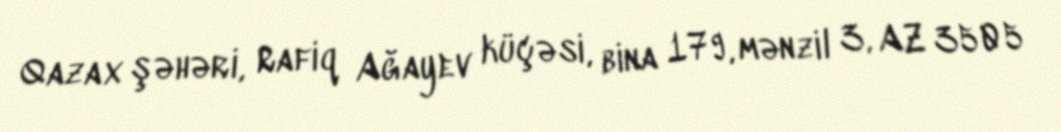
Qazax şəhəri, Rafiq Ağayev küçəsi, bina 179, mənzil 3, AZ 3505